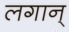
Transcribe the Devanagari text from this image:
लगान्‌